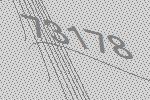
73178